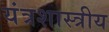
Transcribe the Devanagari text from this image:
यंत्रशास्त्रीय